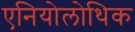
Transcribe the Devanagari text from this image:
एनियोलोथिक